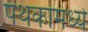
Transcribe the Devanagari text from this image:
पथकांमध्ये